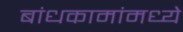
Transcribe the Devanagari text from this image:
बांधकामांमध्ये